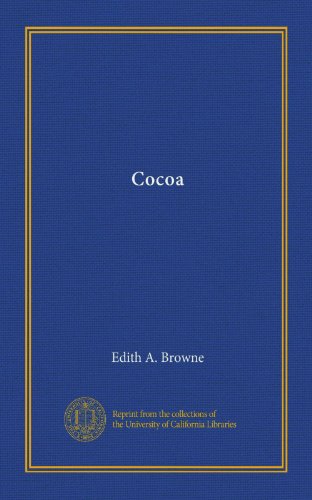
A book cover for Cocoa; Edith A. Browne; Science & Math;